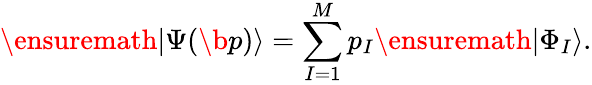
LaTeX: \ensuremath{\vert\Psi(\b{p})\rangle}=\sum_{I=1}^{M}p_{I}\ensuremath{\vert\Phi_{I}\rangle}.